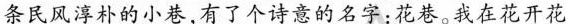
条民风淳朴的小巷，有了个诗意的名字：花巷。我在花开花